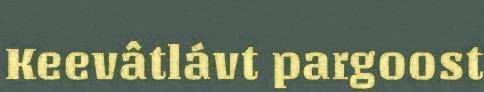
Keevâtlávt pargoost